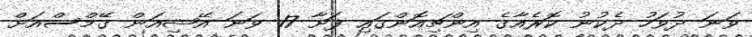
ވަނަ ދުވަހު ދެކުނު ކޮރެއާގެ އިންޗިއޮންގައި ފަށާ 17 ވަނަ އޭޝިއަން ގޭމްސްއަށް